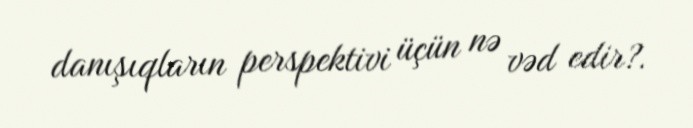
danışıqların perspektivi üçün nə vəd edir?.